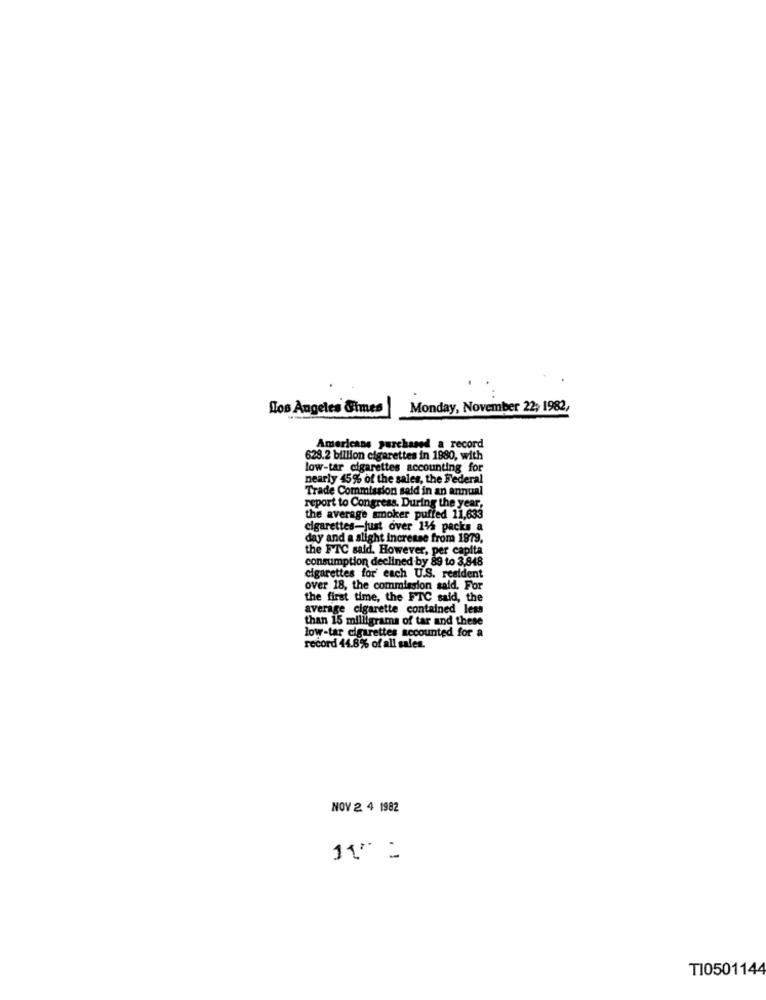
Los Angeles Times
Monday, November 22; 1982,
Americans purchased a record
628.2 billion cigarettes in 1980, with
low-tar cigarettes accounting for
nearly 45% of the sales, the Federal
Trade Commission sold in an annual
report to Congress. During the year,
the average smoker puffed 11,633
cigarettes-just over 116 packs a
day and a slight increase from 1979,
the FTC said. However, per capita
consumption declined by 89 to 3,848
cigarettes for' each U.S. resident
over 18, the commission said. For
the first time, the FTC said, the
average cigarette contained less
than 15 milligrams of tar and these
low-tar cigarettes accounted for a
record 44.8% of all sales.
NOV 2 4 1982
T10501144